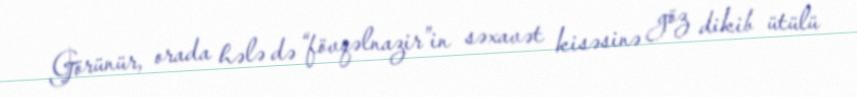
Görünür, orada hələ də “fövqəlnazir”in səxavət kisəsinə göz dikib ütülü